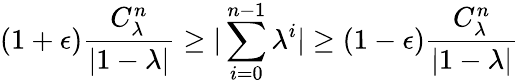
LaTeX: (1+\epsilon)\frac{C_{\lambda}^{n}}{|1-\lambda|}\ge|\sum_{i=0}^{n-1}\lambda^{i}|\ge(1-\epsilon)\frac{C_{\lambda}^{n}}{|1-\lambda|}